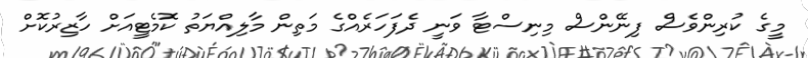
މީގެ ކުރިންވެސް ފިނޭންސް މިނިސްޓާ ވަނީ ދެފަހަރެއްގެ މަތިން މާލިއްޔަތު ކޮމެޓީއަށް ހާޒިރުކޮށް